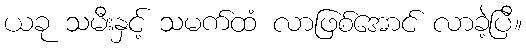
ယခု သမီးနှင့် သမက်ထံ လာဖြစ်အောင် လာခဲ့ပြီ။